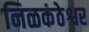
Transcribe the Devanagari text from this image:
निळकंठेश्वर